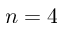
n = 4